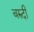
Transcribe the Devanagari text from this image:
बरुदी